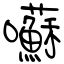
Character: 囌